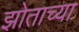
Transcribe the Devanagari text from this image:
झोताच्या